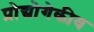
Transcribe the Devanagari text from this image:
प्रोद्योगेकीय